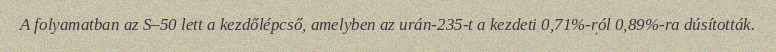
A folyamatban az S–50 lett a kezdőlépcső, amelyben az urán-235-t a kezdeti 0,71%-ról 0,89%-ra dúsították.